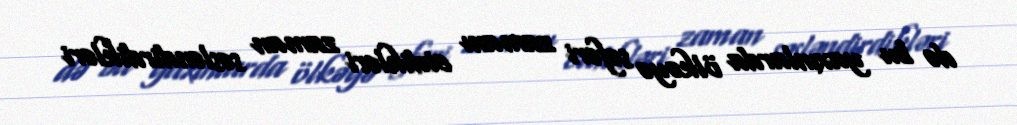
də bu yaxınlarda ölkəyə səfəri zamanı etdikləri zaman səsləndirdikləri